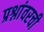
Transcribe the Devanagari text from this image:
प्रश्नांवरची